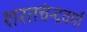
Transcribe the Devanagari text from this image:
शरतचंन्द्रवर्मा